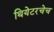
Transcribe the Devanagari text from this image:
थियेटरचेच